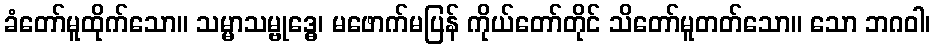
ခံတော်မူထိုက်သော။ သမ္မာသမ္ဗုဒ္ဓေ၊ မဖောက်မပြန် ကိုယ်တော်တိုင် သိတော်မူတတ်သော။ သော ဘဂဝါ၊